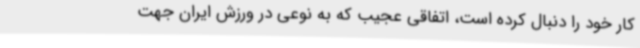
کار خود را دنبال کرده است، اتفاقی عجیب که به نوعی در ورزش ایران جهت